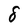
Character: 8